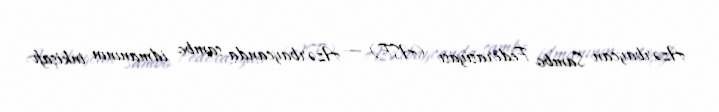
Azərbaycan Sambo Federasiyası (ASF) — Azərbaycanda sambo idmanının inkişafı